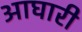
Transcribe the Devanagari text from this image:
आघारी